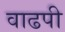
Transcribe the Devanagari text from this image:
वाढपी